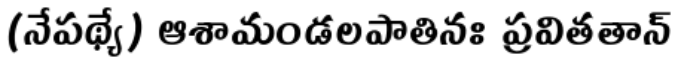
(నేపథ్యే) ఆశామండలపాతినః ప్రవితతాన్